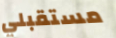
مستقبلي